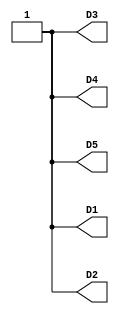
// This program was cloned from: https://github.com/chicken8848/RISKY
// License: MIT License

//------------------------------------------------------------------
//-- Hello world example for the iCEstick board
//-- Turn on all the leds
//------------------------------------------------------------------

module leds(output wire D1,
            output wire D2,
            output wire D3,
            output wire D4,
            output wire D5);

assign D1 = 1'b1;
assign D2 = 1'b1;
assign D3 = 1'b1;
assign D4 = 1'b1;
assign D5 = 1'b1;

endmodule